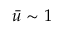
\bar { u } \sim 1